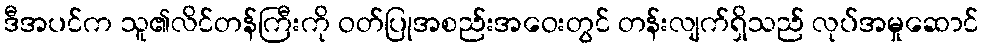
ဒီအပင်က သူ၏လိင်တန်ကြီးကို ဝတ်ပြုအစည်းအဝေးတွင် တန်းလျက်ရှိသည် လုပ်အမှုဆောင်